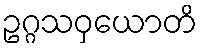
ဥဂ္ဂသဝှယောတိ